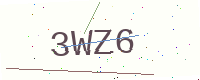
Text: 3WZ6